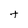
Character: t